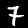
Label: 7